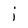
Character: j